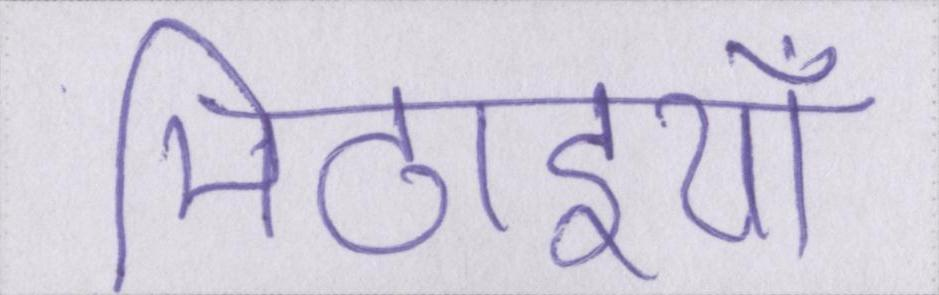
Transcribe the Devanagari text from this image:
मिठाइयाँ